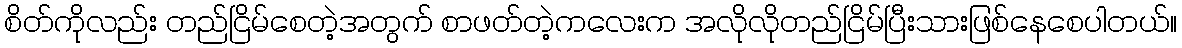
စိတ်ကိုလည်း တည်ငြိမ်စေတဲ့အတွက် စာဖတ်တဲ့ကလေးက အလိုလိုတည်ငြိမ်ပြီးသားဖြစ်နေစေပါတယ်။